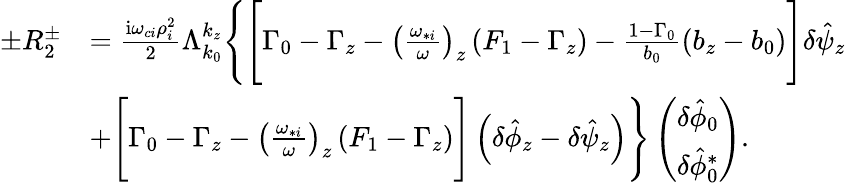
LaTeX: \begin{array}{rl}{\pm R_{2}^{\pm}}&{=\frac{\mathrm{i}\omega_{ci}\rho_{i}^{2}}{2}\Lambda_{k_{0}}^{k_{z}}\Bigg\{ \Bigg[\Gamma_{0}-\Gamma_{z}-\left(\frac{\omega_{*i}}{\omega}\right)_{z}\left(F_{1}-\Gamma_{z}\right)-\frac{1-\Gamma_{0}}{b_{0}}\left(b_{z}-b_{0}\right)\Bigg]\delta\hat{\psi}_{z}}\\ &{+\Bigg[\Gamma_{0}-\Gamma_{z}-\left(\frac{\omega_{*i}}{\omega}\right)_{z}\left(F_{1}-\Gamma_{z}\right)\Bigg]\left(\delta\hat{\phi}_{z}-\delta\hat{\psi}_{z}\right)\Bigg\} \left(\begin{array}{c}{\delta\hat{\phi}_{0}}\\ {\delta\hat{\phi}_{0}^{*}}\end{array}\right).}\end{array}